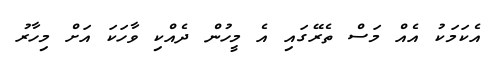
އެކަމަކު އެއް މަސް ތެރޭގައި އެ މީހުން ދެއްކި ވާހަކަ އަށް މިހާރު